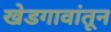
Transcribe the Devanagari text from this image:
खेडगावांतून